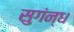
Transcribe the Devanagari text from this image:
सुगंन्ध